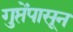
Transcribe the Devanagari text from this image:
गुप्तेंपासून